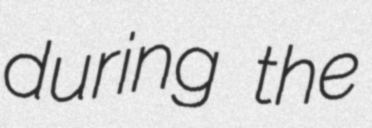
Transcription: during the